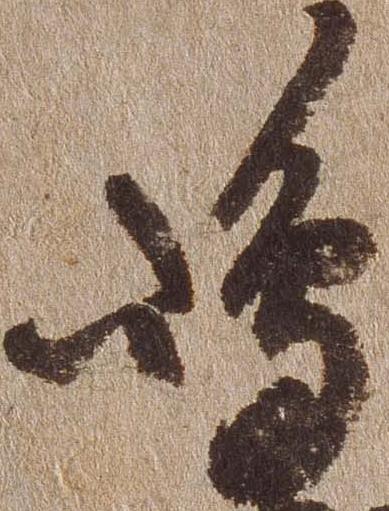
嶋